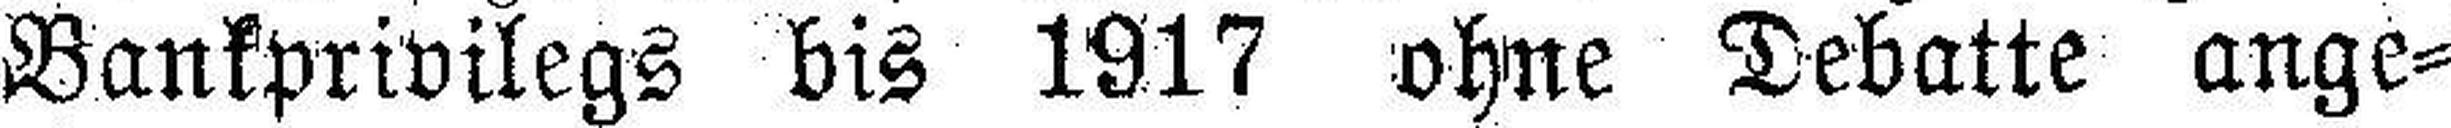
Bankprivilegs bis 1917 ohne Debatte ange¬